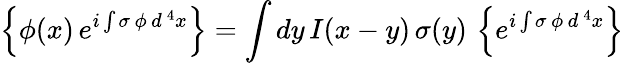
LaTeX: \left\{ \phi(x)\, e^{i\int\sigma\, \phi\, d^{\, 4}x}\right\} =\int dy\, I(x-y)\, \sigma(y)\, \left\{ e^{i\int\sigma\, \phi\, d^{\, 4}x}\right\}